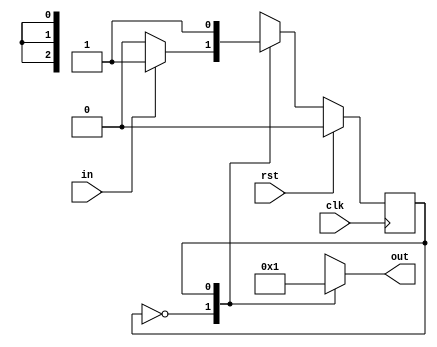
/*
   This file was generated automatically by the Mojo IDE version B1.3.6.
   Do not edit this file directly. Instead edit the original Lucid source.
   This is a temporary file and any changes made to it will be destroyed.
*/

module task4_6 (
    input clk,
    input rst,
    input in,
    output reg [2:0] out
  );
  
  
  
  localparam IDLE_state = 1'd0;
  localparam WIN_state = 1'd1;
  
  reg M_state_d, M_state_q = IDLE_state;
  
  always @* begin
    M_state_d = M_state_q;
    
    out = 1'h0;
    
    case (M_state_q)
      IDLE_state: begin
        if (in == 1'h1) begin
          M_state_d = WIN_state;
        end
      end
      WIN_state: begin
        out = 3'h1;
      end
    endcase
  end
  
  always @(posedge clk) begin
    if (rst == 1'b1) begin
      M_state_q <= 1'h0;
    end else begin
      M_state_q <= M_state_d;
    end
  end
  
endmodule